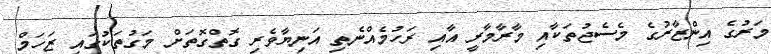
މަރުގެ އިންޒާރުގެ މެސެޖުތަކާއި މާރާމާރީ އާއި ރަހުމެއްނެތި އަނިޔާވެރި ގޮތްގޮތަށް މަގުތަކުގައި ޒަހަމް